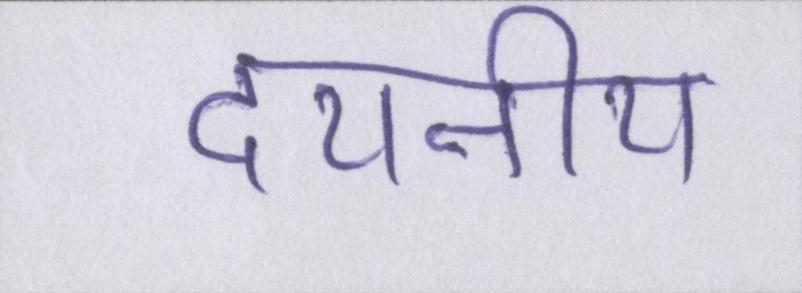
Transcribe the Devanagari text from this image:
दयनीय